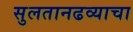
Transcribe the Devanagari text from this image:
सुलतानढव्याचा